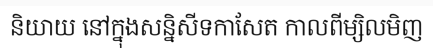
និយាយ នៅក្នុងសន្និសីទកាសែត កាលពីម្សិលមិញ